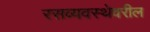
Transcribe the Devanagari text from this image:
रसव्यवस्थेवरील